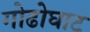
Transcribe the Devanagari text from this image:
गोढोघाट